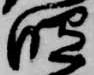
照